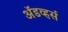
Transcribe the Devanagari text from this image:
अॅडव्हर्स